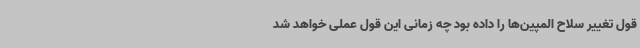
قول تغییر سلاح المپین‌ها را داده بود چه زمانی این قول عملی خواهد شد